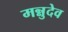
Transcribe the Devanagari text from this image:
मन्नुदेव